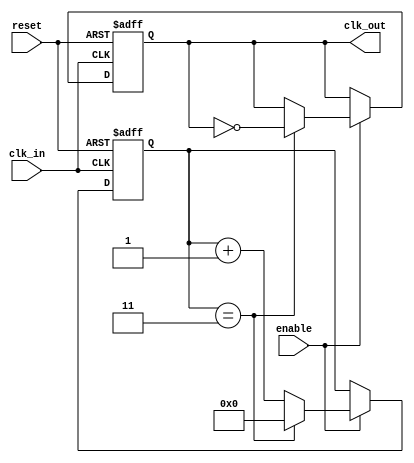
module clock_divider_buffer #(
    parameter N = 4 // Division factor, configurable parameter
)(
    input wire clk_in,    // Input clock signal
    input wire enable,     // Enable signal
    input wire reset,      // Asynchronous reset signal
    output reg clk_out     // Divided clock output
);

    reg [31:0] counter; // Counter to keep track of clock cycles

    // Asynchronous reset and enable logic
    always @(posedge clk_in or posedge reset) begin
        if (reset) begin
            counter <= 0;  // Reset counter
            clk_out <= 0;  // Reset output clock
        end else if (enable) begin
            // Increment the counter
            if (counter == (N - 1)) begin
                counter <= 0; // Reset counter
                clk_out <= ~clk_out; // Toggle output clock
            end else begin
                counter <= counter + 1; // Increment counter
            end
        end
    end

endmodule